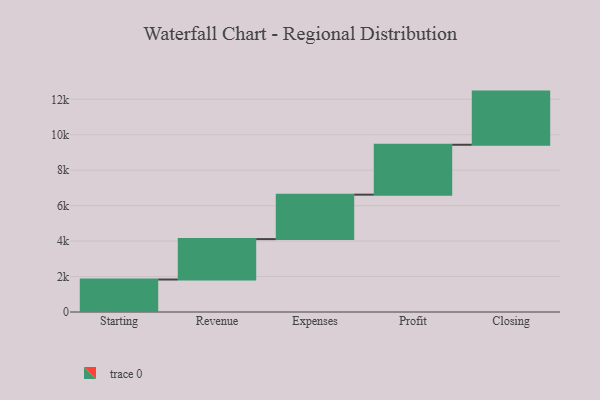
{"axis": {"x": "Step", "y": "Value"}, "legend": [""], "data": [{"x": "Starting", "y": 1833.0, "type": ""}, {"x": "Revenue", "y": 2280.0, "type": ""}, {"x": "Expenses", "y": 2508.0, "type": ""}, {"x": "Profit", "y": 2815.0, "type": ""}, {"x": "Closing", "y": 3000, "type": ""}]}